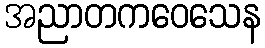
အညာတကဝေသေန